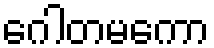
ဂေါတမကော